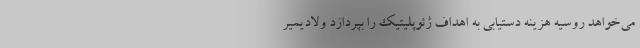
می‌خواهد روسیه هزینه دستیابی به اهداف ژئوپلیتیک را بپردازد ولادیمیر